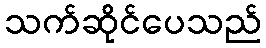
သက်ဆိုင်ပေသည်